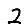
Digit: 2